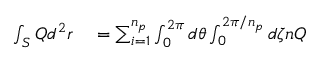
\begin{array} { r l } { \int _ { S } Q d ^ { 2 } r } & { { } = \sum _ { i = 1 } ^ { n _ { p } } \int _ { 0 } ^ { 2 \pi } d \theta \int _ { 0 } ^ { 2 \pi / n _ { p } } d \zeta n Q } \end{array}